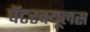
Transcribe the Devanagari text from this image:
पॅटरक्यूलस